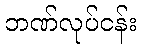
ဘဏ်လုပ်ငန်း